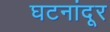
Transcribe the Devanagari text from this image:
घटनांदूर